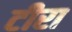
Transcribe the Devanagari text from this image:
टीरा